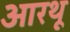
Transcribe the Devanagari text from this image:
आरथू